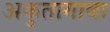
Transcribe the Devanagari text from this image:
अकुतागावा